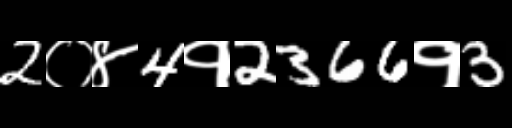
Text: 2०४4१2366१3